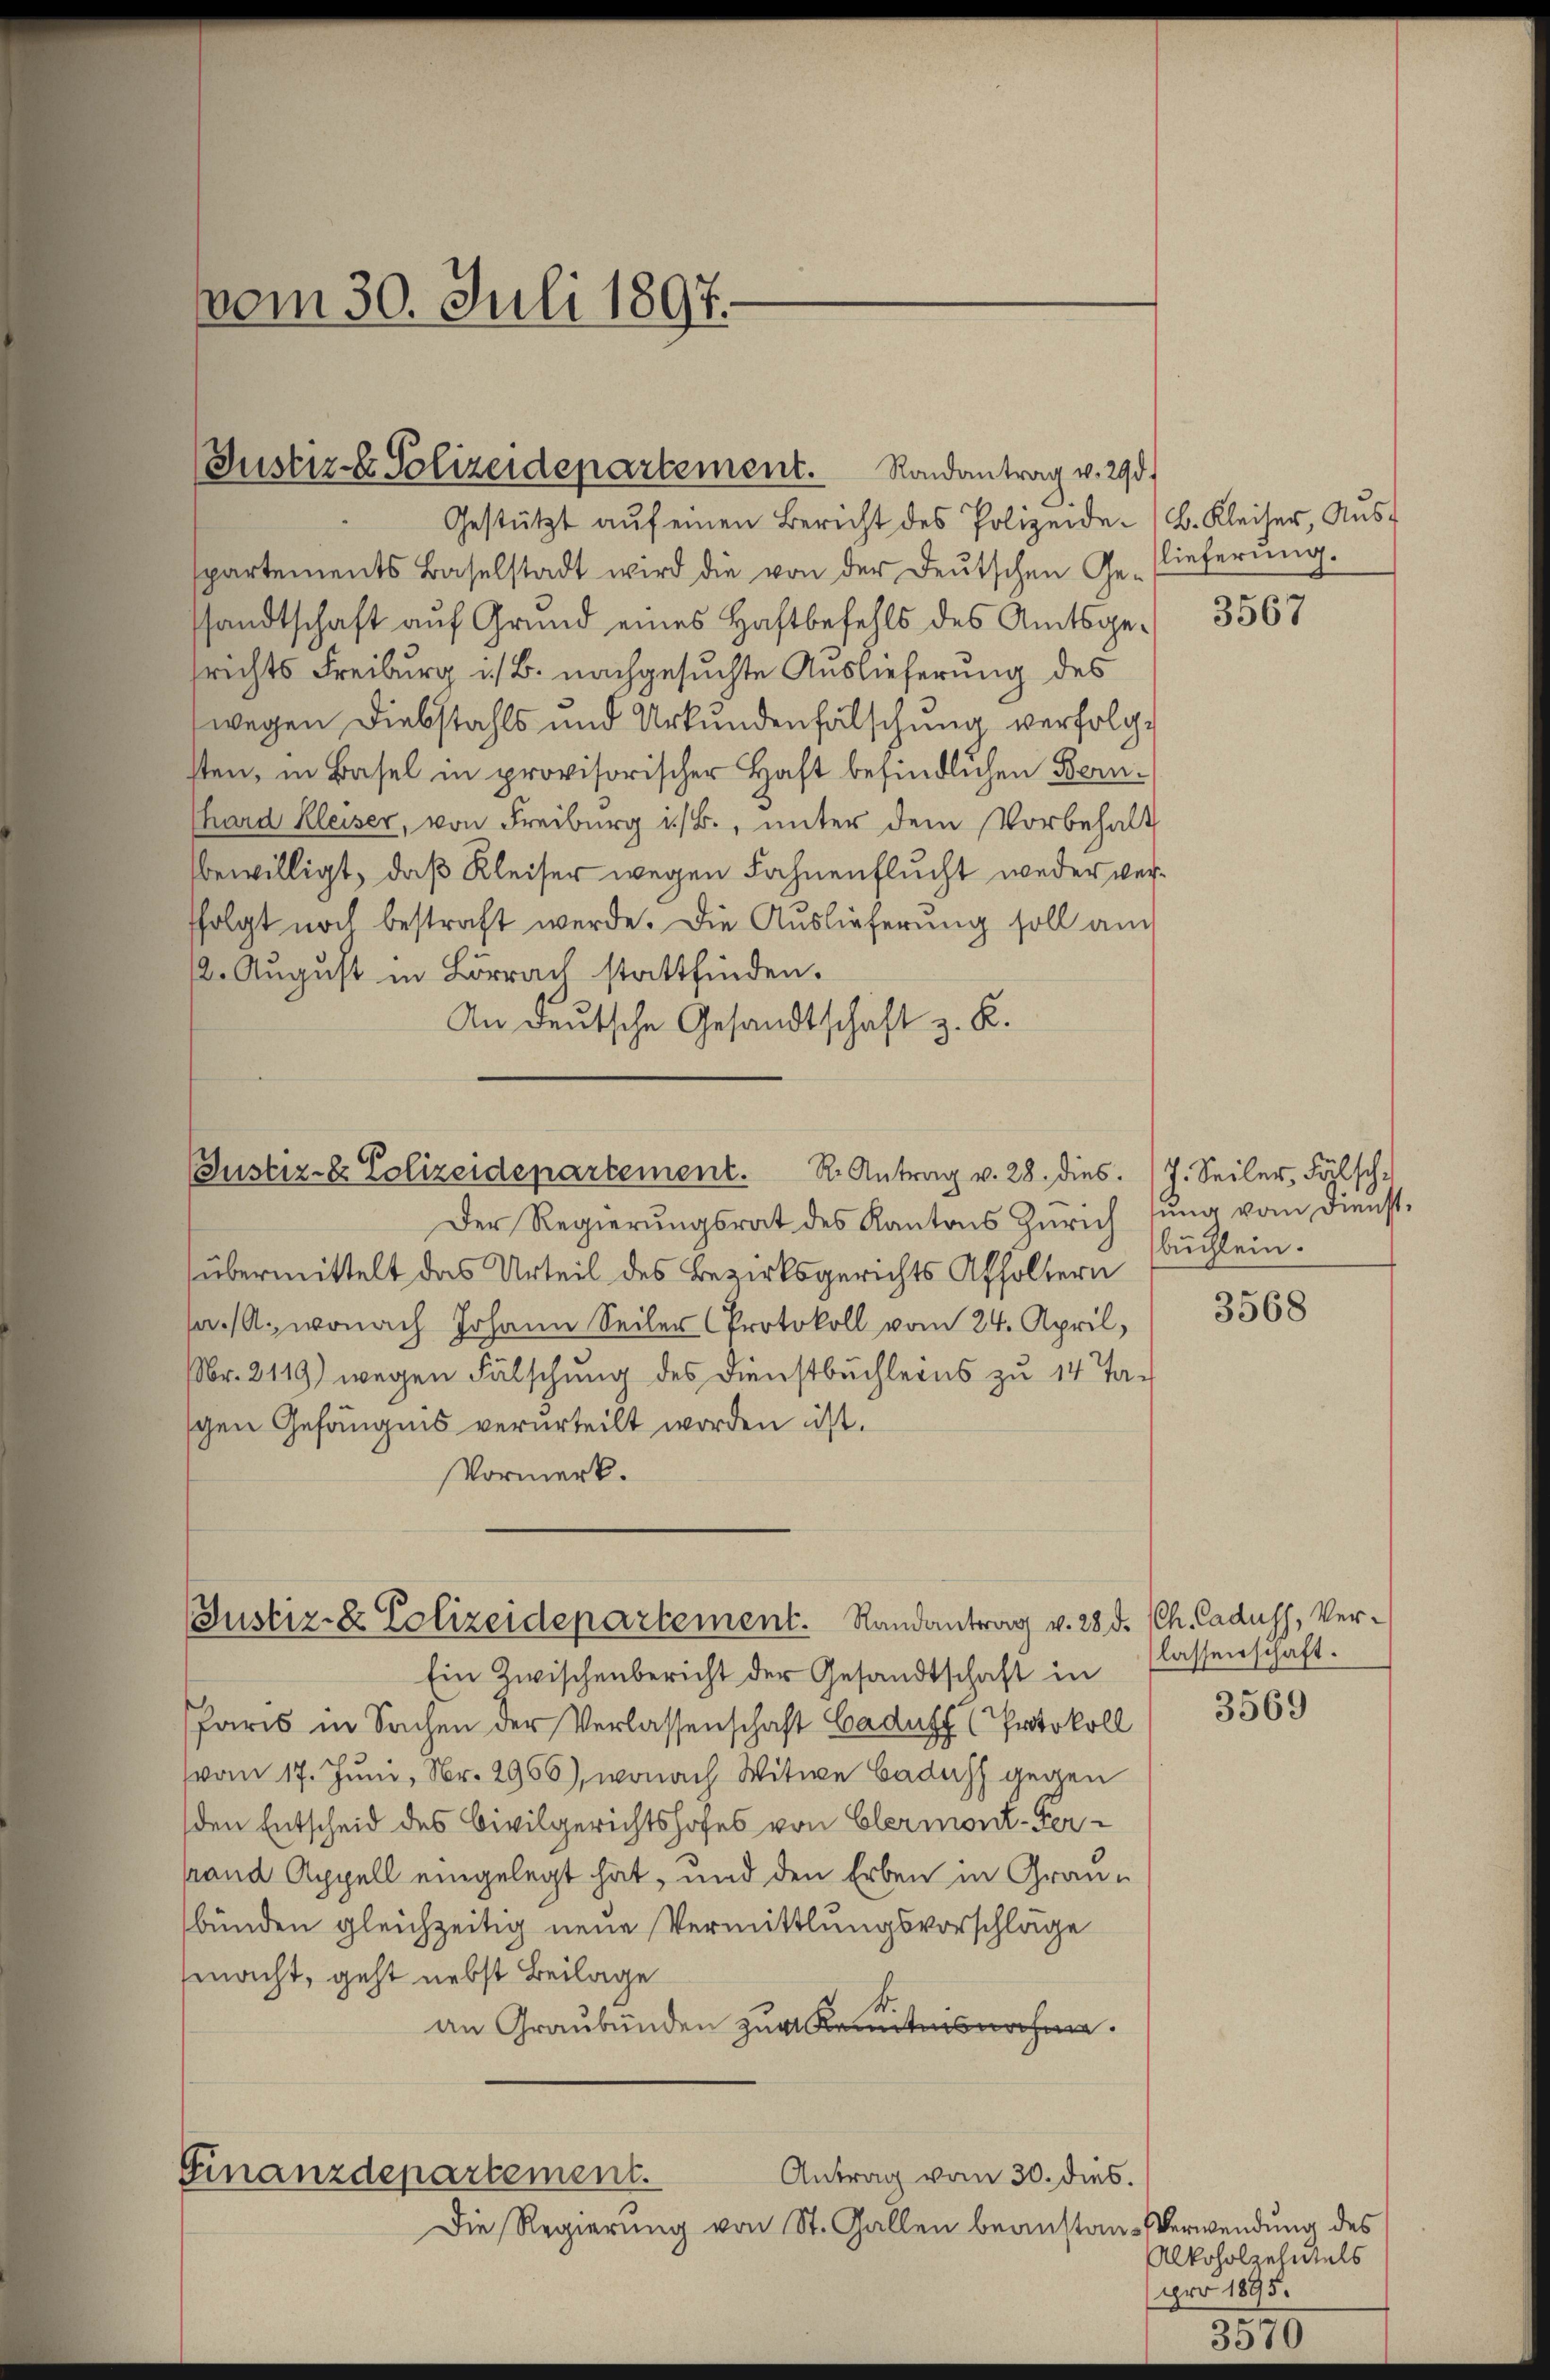
vom 30. Juli 1897.

Gestützt aŭf einen Bericht des Polizeide. (B. Kleiser, Aŭs-
partements Baselstadt wird die von der deŭtschen Gelieferŭng.
sandtschaft auf Grund eines Haftbefehls des Amtsgesrichts Freiburg i. B. nachgesuchte Auslieferung des
wegen Diebstahls und Urkundenfälschung verfolgsten, in Basel in provisorischer Haft befindlichen Bern.
Thard Kleiser, von Freiburg i/B., unter dem Vorbehalt
bewilligt, daß Kleiser wegen Fahnenflucht weder verfolgt noch bestraft werde. Die Auslieferung soll auch
2. August in Lörrac stattfinden.
An deutsche Gesandtschaft z. B.

Justiz - Polizeidepartement. Randantrag v. 293.

Der Regierungsrat des Kantons Zürich sung vom Dienst-
übermittelt das Urteil des Bezirksgerichts Affoltern
pr. (A., wonach Johann Seiler (Protokoll vom 24. April,
Nr. 2119) wegen Fälschung des Dienstbuchleins zu 14 Taschen Gefängnis verurteilt worden ist.
Vormerk.

Justiz- & Polizeidepartement. R. Antrag v. 28. dies. J. Seiler, Fälsch-

Ein Zwischenbericht der Gesandtschaft in
Paris in Sachen der Verlassenschaft Caduff (Protokoll
vom 17. Juni, Nr. 2956), wonach Witwe Cadass gegen
den Entscheid des Civilgerichtshofes von Elermont-Gersrand Appell eingelegt hat, und den Erben in Graubünden gleichzeitig neue Vermittlungsvorschläge
macht, geht nebst Beilage
an Graubünden zur Kenntnisnahm.
Antrag vom 30. dies.
Finanzdepartement.
Die Regierung von St. Gallen beanstan-Verwendung des

Justiz- & Polizeidepartement. Randantrag v. 28 d. Ch. Caduss, Ver¬

3567

büchlein.

3568

lassenschaft.

3569

Alkoholzehmals
pro 1895.

3570